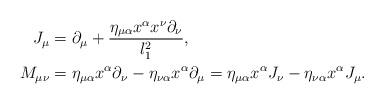
LaTeX: \begin{align*} J_\mu&=\partial_\mu+\frac{\eta_{\mu\alpha}x^\alpha x^\nu\partial_\nu}{l_1^2},\\ M_{\mu\nu}&=\eta_{\mu\alpha}x^\alpha\partial_\nu-\eta_{\nu\alpha}x^\alpha\partial_\mu=\eta_{\mu\alpha}x^\alpha J_\nu-\eta_{\nu\alpha}x^\alpha J_\mu. \end{align*}